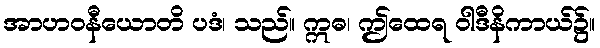
အာဟဝနီယောတိ ပဒံ၊ သည်။ ဣဓ၊ ဤထေရ ဝါဒီနိကာယ်၌။